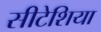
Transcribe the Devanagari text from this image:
सीटेशिया